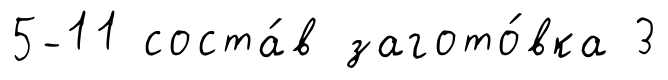
5-11 соста́в загото́вка 3